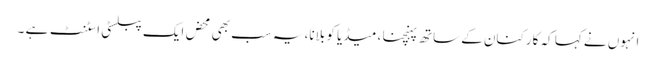
انہوں نے کہا کہ کارکنان کے ساتھ پہنچنا ، میڈیا کو بلانا، یہ سب بھی محض ایک پبلسٹی اسٹنٹ ہے ۔